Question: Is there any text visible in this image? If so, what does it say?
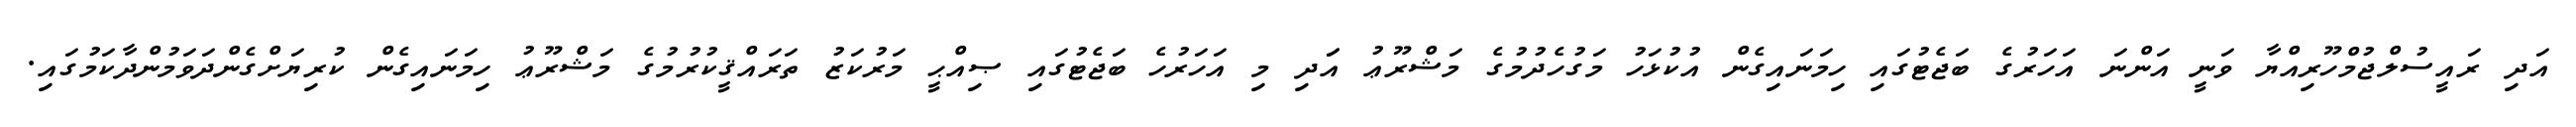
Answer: އަދި ރައީސުލްޖުމްހޫރިއްޔާ ވަނީ އަންނަ އަހަރުގެ ބަޖެޓުގައި ހިމަނައިގެން އުކުޅަހު މަގުހެދުމުގެ މަޝްރޫޢު އަަދި މި އަހަރުހެ ބަޖެޓުގައި ޞިއްޙީ މަރުކަޒު ތަރައްޤީކުރުމުގެ މަޝްރޫޢު ހިމަނައިގެން ކުރިޔަށްގެންދަވަމުންދާކަމުގައި.